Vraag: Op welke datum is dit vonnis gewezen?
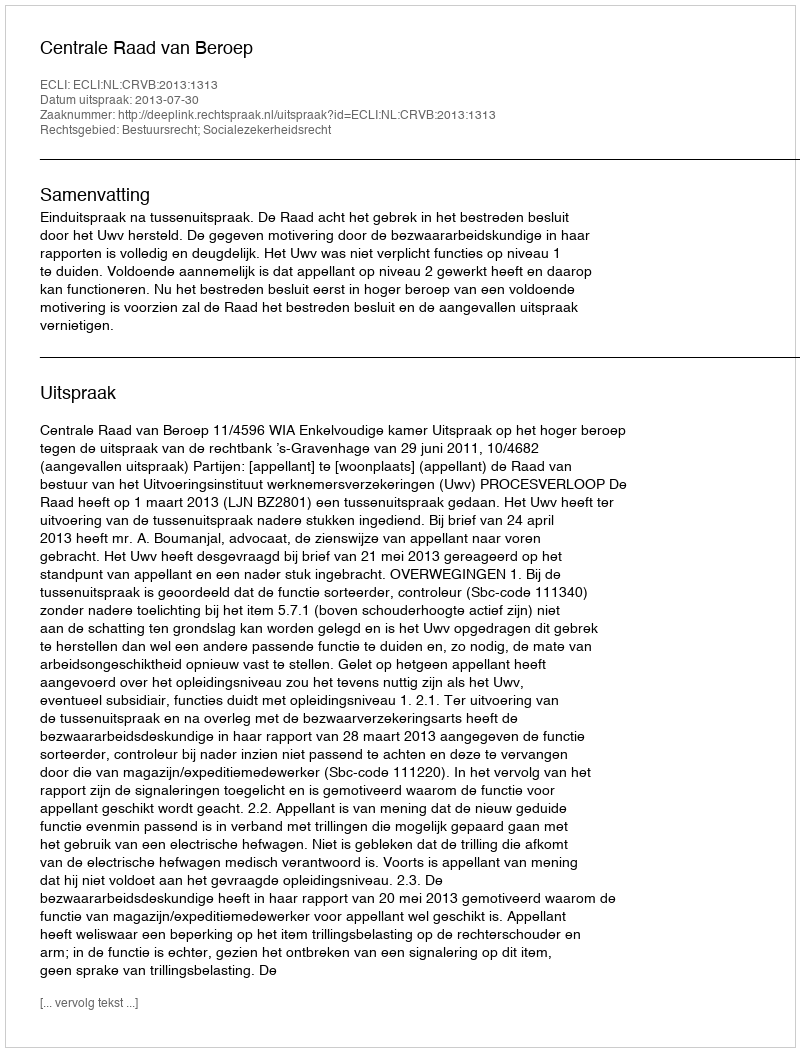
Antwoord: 2013-07-30